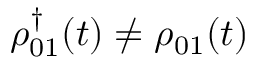
\rho _ { 0 1 } ^ { \dagger } ( t ) \neq \rho _ { 0 1 } ( t )